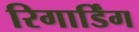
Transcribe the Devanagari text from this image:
रिगार्डिंग